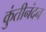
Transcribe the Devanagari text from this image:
कुंतीनंदन